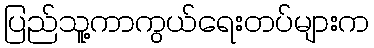
ပြည်သူ့ကာကွယ်ရေးတပ်များက